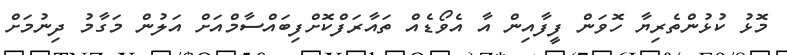
މޮޅު ކުޅުންތެރިޔާ ހޮވަން ފީފާއިން އާ އެވޯޑެއް ތައާރަފްކޮށްފިބައްސާމްއަށް އަލުން މަގާމު ދިނުމަށް